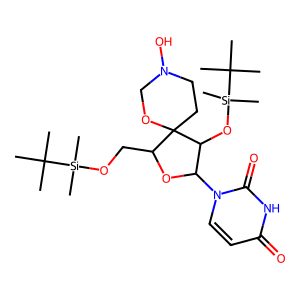
SMILES: CC(C)(C)[Si](C)(C)OCC1OC(n2ccc(=O)[nH]c2=O)C(O[Si](C)(C)C(C)(C)C)C12CCN(O)CO2
Inhibits HIV replication: No